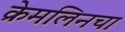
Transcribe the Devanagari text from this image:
क्रेमलिनचा